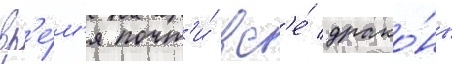
вр'е́м'я почт'и́ вс'е́ драко́ны